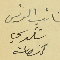
نائب الرئيس شكري كنعان